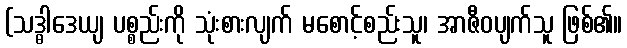
(သဒ္ဓါဒေယျ ပစ္စည်းကို သုံးစားလျက် မစောင့်စည်းသူ၊ အာဇီဝပျက်သူ ဖြစ်၏။